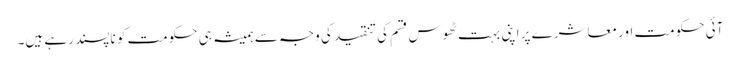
آئی حکومت اور معاشرے پر اپنی بہت ٹھوس قسم کی تنقید کی وجہ سے ہمیشہ ہی حکومت کو ناپسند رہے ہیں۔